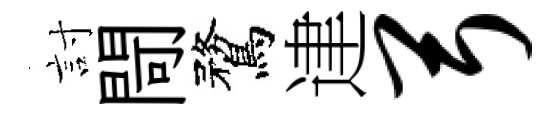
討閜鶩䢖弓